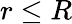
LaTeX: r\le R